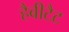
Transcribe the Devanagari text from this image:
हैबीटैट